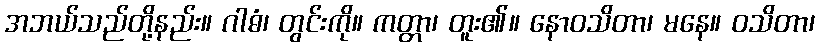
အဘယ်သည်တို့နည်း။ ဂါဓံ၊ တွင်းကို။ ကတ္တာ၊ တူး၏။ နောဝသိတာ၊ မနေ။ ဝသိတာ၊